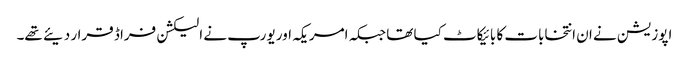
اپوزیشن نے ان انتخابات کا بائیکاٹ کیا تھا جبکہ امریکہ اور یورپ نے الیکشن فراڈ قرار دیئے تھے۔